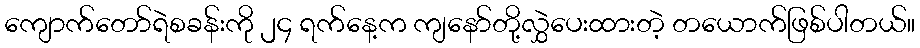
ကျောက်တော်ရဲစခန်းကို ၂၄ ရက်နေ့က ကျနော်တို့လွှဲပေးထားတဲ့ တယောက်ဖြစ်ပါတယ်။